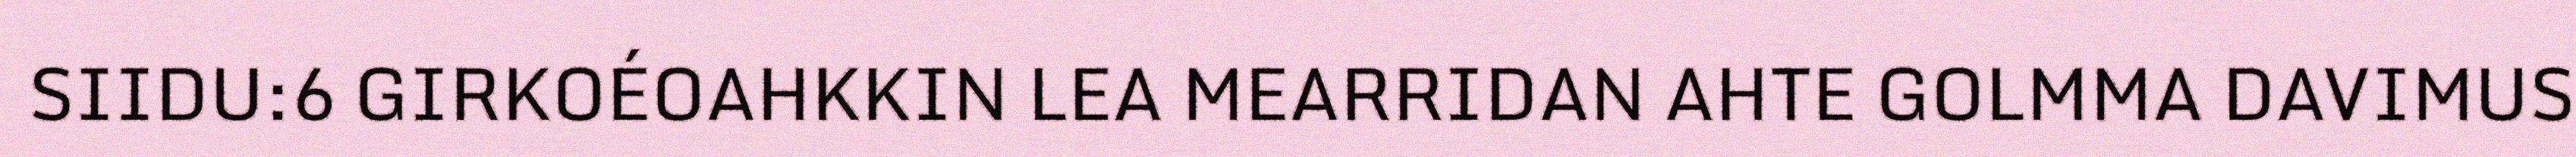
SIIDU:6 GIRKOÉOAHKKIN LEA MEARRIDAN AHTE GOLMMA DAVIMUS